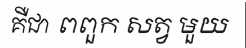
គឺជា ពពួក សត្វ មួយ